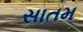
સાતમ